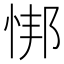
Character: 𫺎